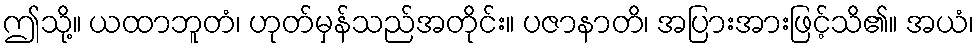
ဤသို့။ ယထာဘူတံ၊ ဟုတ်မှန်သည်အတိုင်း။ ပဇာနာတိ၊ အပြားအားဖြင့်သိ၏။ အယံ၊